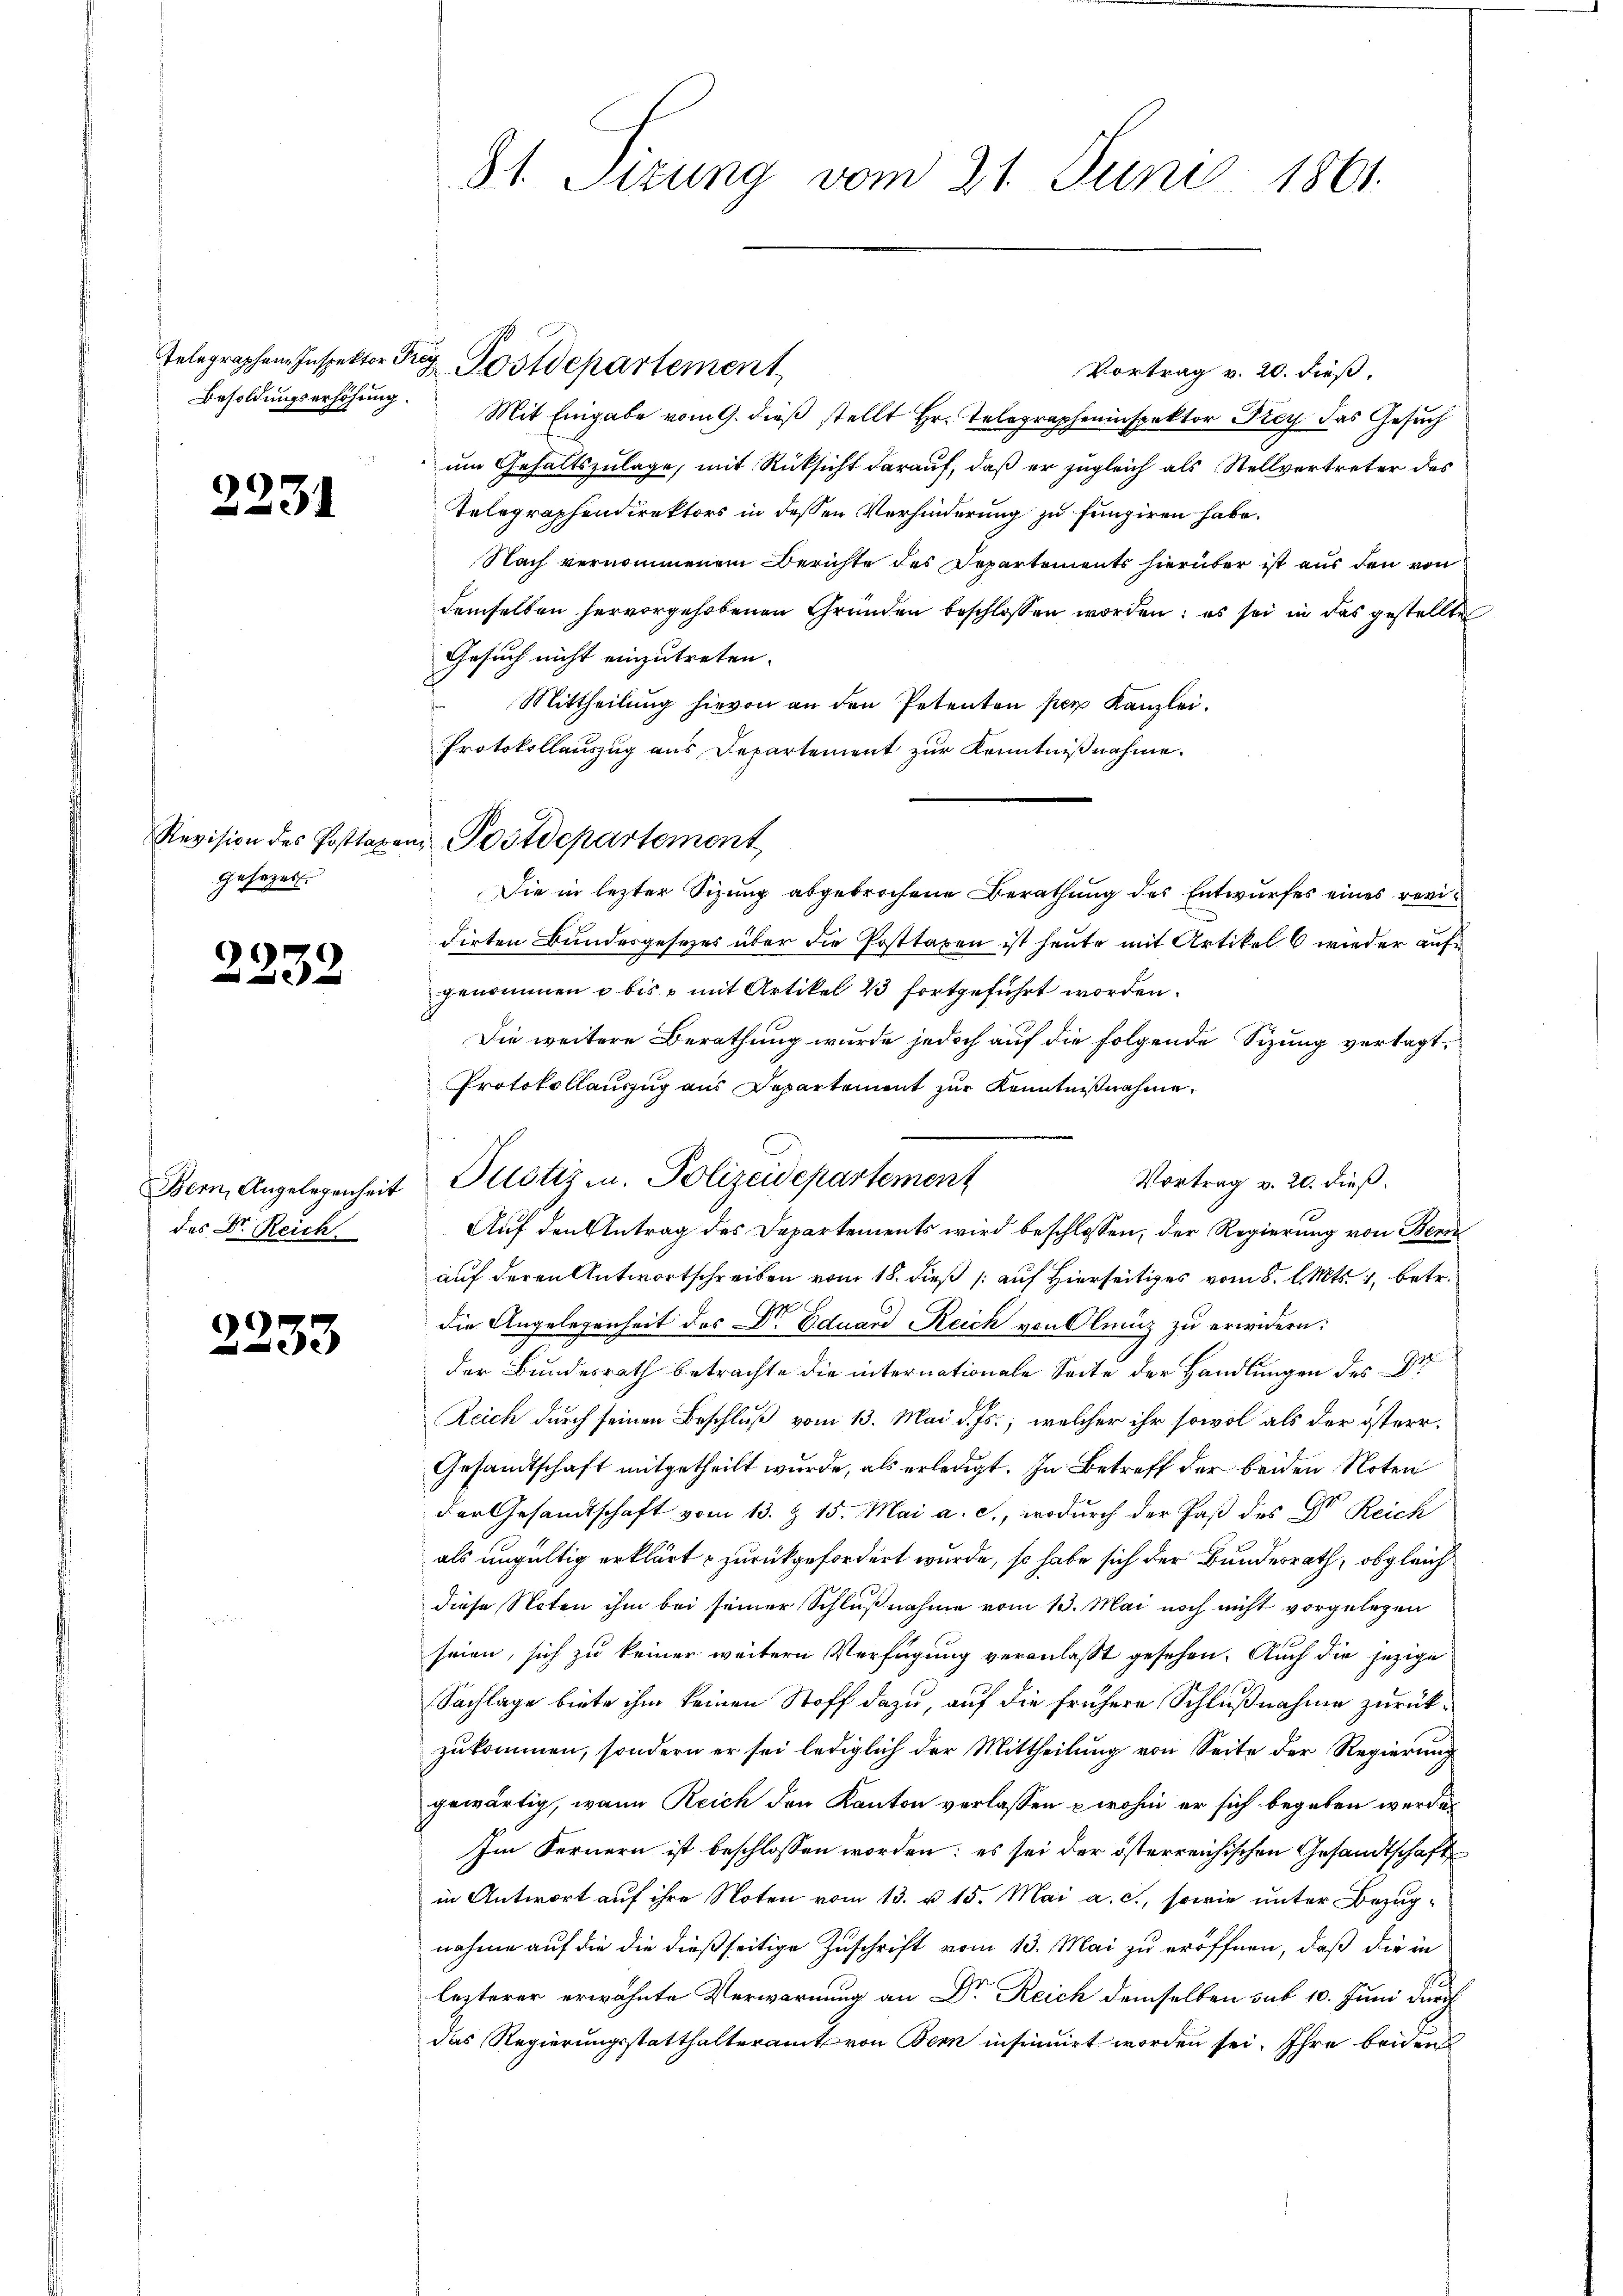
2231

Revision des Posttaxe
gesezes

2232

2.

Bern, Angelegenheit
des Dr. Reich

33.

81. Sizung vom 21. Juni 1861.

Telegraphen Inspektor Frey Postdepartement
Vortrag v. 20. dieß.
Besoldŭngserhöhŭng. Mit Eingabe vom 9. dieβ stellt Hr. Telegrapheninspektor Drey das Gesŭch
um Gehaltszulage, mit Rücksicht darauf, daß er zugleich als Stellvertreter des
Telegraphendirektors in dessen Verhinderung zu fungiren habe.
Nach vernommenem Berichte des Departements hierüber ist aus den von
demselben hervorgehobenen Gründen beschlossen worden: es sei in das gestellte
Gesuch nicht einzutreten.
Mittheilung hievon an den Petenten per Kanzlei.
Protokollauszug aus Departement zur Kenntnißnahme.
Die in lezter Sizung abgebrochene Berathung des Entwurfes eines revi¬
Firten Bundesgesezes über die Posttaren ist heute mit Artikel 6 wieder aufgenommen u bis u mit Artikel 23 fortgeführt worden.
Die weitere Berathung wurde jedoch auf die folgende Sizung vertagt.
Protokollanzug aus Departement zur Kenntnißnahme,
Vortrag v. 20. dieß.
Auf den Antrag des Departements wird beschlossen; der Regierung von Beri
auf deren Antwortschreiben vom 18. dieß auf Hierseits vom 8. d. Mts. 1, betr.

die Angelegenheit des Dr. Eduard Reich von Clinz zu erwidern:
der Bundesrath betrachte die internationale Seite der Handlungen des Er
Reich durch seinen Beschluß vom 13. Mai d. Js., welcher ihr sowol als der österr¬
Gesandtschaft mitgetheilt wurde, als erledigt. In Betreff der beiden Noten
der Gesandtschaft vom 13. & 15. Mai a. c., wodurch der Paß des Dr. Reich
als ungültig erklärt & zurückgefordert wurde, so habe sich der Bundesrath, obgleich
e
diese Noten ihm bei seiner Schlußnahme vom 13. Mai noch nicht vorgelegen
seien, sich zu keiner weitern Verfügung veranlaßt gesehen. Auch die jezige
Sachlage biete ihm keinen Stoff dazu, auf die frühere Schlußnahme zurückzukommen, sondern er sei lediglich der Mittheilung von Seite der Regierung
gewärtig, wann Reich den Kanton verlassen – wohin er sich begeben werden
Im Fernern ist beschlossen worden; es sei der österreichischen Gesandtschaft
in Antwort auf ihre Noten vom 13. u. 15. Mai a. c., sowie unter Bezugnahme auf die die dießseitige Zuschrift vom 13. Mai zu eröffnen, daß die in
lezterer erwähnte Verwarnung an Dr. Reich demselben sub 10. Juni durch
das Regierungsstatthalteramt von Bern insinuirt worden sei. Ihre beiden

in Postdepartement,

Justiz u. Polizeidepartement